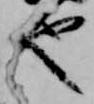
也